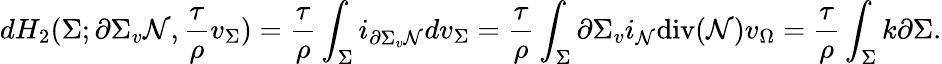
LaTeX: dH_{2}(\Sigma;\partial\Sigma_{v}\mathcal{N},\frac{\tau}{\rho}v_{\Sigma})=\frac{\tau}{\rho}\int_{\Sigma}i_{\partial\Sigma_{v}\mathcal{N}}dv_{\Sigma}=\frac{\tau}{\rho}\int_{\Sigma}\partial\Sigma_{v}i_{\mathcal{N}}\mathrm{div}(\mathcal{N})v_{\Omega}=\frac{\tau}{\rho}\int_{\Sigma}k\partial\Sigma.